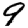
Digit: 9